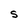
Character: S